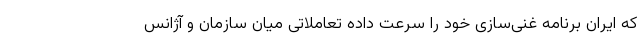
که ایران برنامه غنی‌سازی خود را سرعت داده تعاملاتی میان سازمان و آژانس